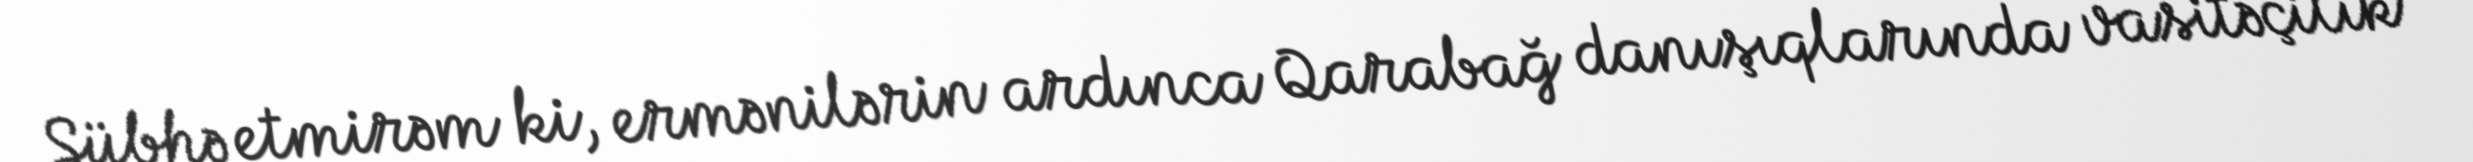
Şübhə etmirəm ki, ermənilərin ardınca Qarabağ danışıqlarında vasitəçilik